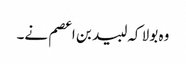
وہ بولا کہ لبید بن اعصم نے۔